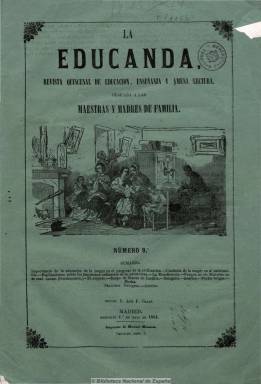
Título: La Educanda (Madrid)
Colección: Educación || Revistas femeninas
Ámbito geográfico: Madrid
Lugar de publicación: Madrid
Fechas: 01/05/1861-31/12/1865

Una de las principales publicaciones periódicas dedicadas eminentemente a la enseñanza primaria y a la mujer que surgen al final del reinado del Isabel II, de carácter católico muy conservador” y con el subtítulo de “revista quincenal de educación, enseñanza y amena lectura, dedicada a las maestras y madres de familia”. Fundada y editada por José P. Galán, en diciembre de 1862 se funde con la empresa de El correo de la moda (1851-1886), propiedad de P. Juan de la Peña, que la dirigirá, siendo editor responsable Vicente Pardo y Ortega, y apareciendo desde entonces cada semana como “periódico de señoritas, dedicado a las madres de familia, maestras y directoras de colegios”.

Dedicada como medio para instruir a la mujer y “promover a sus hijos una educación sana y provechosa”, con “en el progreso de la civilización” y  “en armonía con los principios del cristianismo”. Publicará artículos doctrinales, biografías de mujeres, noticias breves de actualidad, artículos de divulgación sobre educación, economía e higiene domésticas y otras materias concernientes a la “ilustración de las niñas”, como la enseñanza de las ciencias, la historia, la geografía, la geometría y las artes, y de utilidad, como pliegos de dibujo lineal,  técnicas y hojas de labores, costura y modas. También incluirá artículos de viajes, leyendas, cuentos, máximas morales y religiosas, fábulas y poesías.

Durante el primer año sus contenidos irán firmados con iniciales y después aparecerán los artículos sobre educación moral firmados por el historiador Antonio Pirala (1824-1903), los de instrucción de la historia, de Pedro de Vera, o los de Juan Antonio Viedma (1831-1869), José Sánchez Biedma, Casimiro Clavijo y Antonio Arnao (1829-1889). Pero, especialmente los escritos por mujeres, como la prolífica Ángela Grassi (1823-1883), María Mendoza Vives (1819-1894), Elena G. Avellaneda, Robustiana Armiño de Cuesta (1821-1890), María Pilar Sinués de Marco (1835-1893), Micaela de Silva y Colás (1809-1884), Emilia Mijares de Real, Francisca Carlota de Riego, Carmen de Espejo Valverde, Josefa Estévez de G. de Canto (1830-1889), las composiciones de las poetas Antonia Díaz de Lamarque (1827-1892) y Vicenta Villanueva, o los de Joaquina García Balmaseda (1837-1893), que escribe los artículos de moda o bajo el seudónimo de Aurora Pérez de Mirón.

Llegó a tirar dos ediciones, una económica y otra completa dos veces al mes. Su paginación fue variada, de cuatro a veinte páginas. En 1865 su editor responsable era León Morán